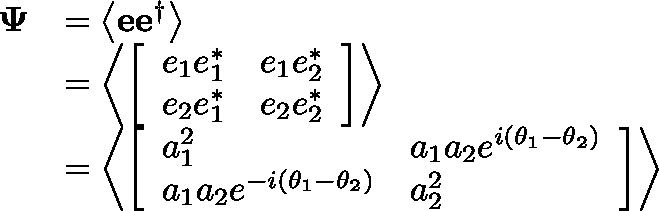
{ \begin{array} { r l } { \mathbf { \Psi } } & { = \left\langle \mathbf { e } \mathbf { e } ^ { \dagger } \right\rangle } \\ & { = \left\langle { \left[ \begin{array} { l l } { e _ { 1 } e _ { 1 } ^ { * } } & { e _ { 1 } e _ { 2 } ^ { * } } \\ { e _ { 2 } e _ { 1 } ^ { * } } & { e _ { 2 } e _ { 2 } ^ { * } } \end{array} \right] } \right\rangle } \\ & { = \left\langle { \left[ \begin{array} { l l } { a _ { 1 } ^ { 2 } } & { a _ { 1 } a _ { 2 } e ^ { i \left( \theta _ { 1 } - \theta _ { 2 } \right) } } \\ { a _ { 1 } a _ { 2 } e ^ { - i \left( \theta _ { 1 } - \theta _ { 2 } \right) } } & { a _ { 2 } ^ { 2 } } \end{array} \right] } \right\rangle } \end{array} }